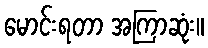
မောင်းရတာ အကြာဆုံး။